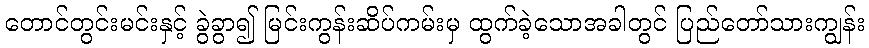
တောင်တွင်းမင်းနှင့် ခွဲခွာ၍ မြင်းကွန်းဆိပ်ကမ်းမှ ထွက်ခဲ့သောအခါတွင် ပြည်တော်သားကျွန်း